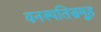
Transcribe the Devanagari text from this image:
वनस्पतिसमूह